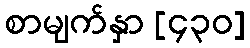
စာမျက်နှာ [၄၃၀]